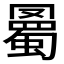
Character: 𧐰